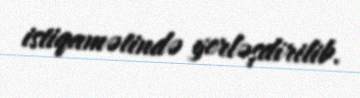
istiqamətində yerləşdirilib.